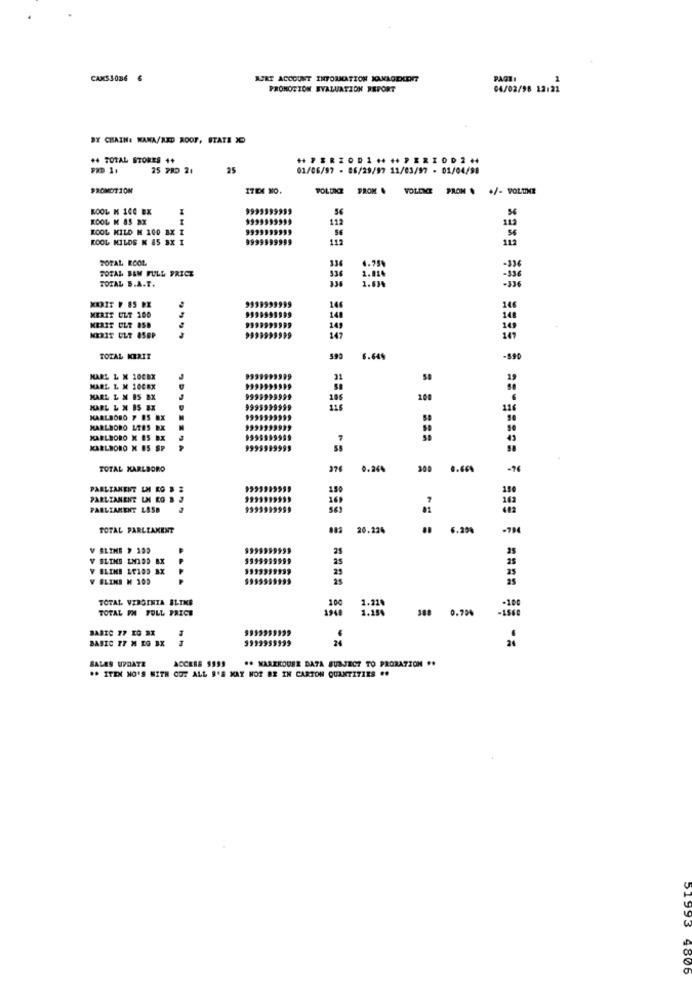
CANS3086 6
APRI ACCOUNT INFORMATION KAKAOTKERT
PAGE:
PROMOCIÓN EVALUATION REPORT
04/02/98 12:21
BY CHAIN: KANA/RED ROOF, STATE X
PRD 11
25 780 21
25
01/06/97 - 06/29/97 11/03/97 - 01/04/98
ITEX NO.
POLLOCE
PROM . VOLDICE PROM . +/- POLUNE
EsEs
KOOL N 140 BX
9999999999
112
RCOL MILD H 100 BX I
9999999999
KOOL MILDS N 85 SX I
9999999999
.56
113
TOTAL EOOL
336
4.75%
TOTAL BEM FULL PRICE
per-
TOTAL S.A.T.
336
1.634
9999999999
146
MERIT ULT 100
9999999999
KERIT ULT 85D
9999999999
149
KERIT ULT 8SEP
9999999999
147
TOTAL KERIT
6.64%
-590
MARL L X 10CBX
MARL L M 100RX
KARL & N BS BX
186
100
HARL & N BS BX
999599
9999
11
MARLBORO 7 85 EX
KARLBORO LEES BX
MARLBORO X ES BX
MARLBORO X ES
99999999
53
TOTAL KARLBORO
376
0.24%
200
.. 66%
PARLIAMENT UN KO & #
PARLIAMENT UN KO 3 J
36
PARLIAMENT LASB
TOTAL PARLIAMENT
20.224
8 6.29%
-794
25
Y SLIMS LNIOD BX
P
1999999999
25
V BLIND M 200
25
TOTAL VERGINIA BLIKS
100
TOTAL FN FULL PRICE
1948
1.21
1.18%
388 0.796
-100
-1560
BABIC 77 KG BX
BASIC 77 M EG IX
1993959999
24
SALES UPDATE
** ITEM NO'S WITH OUT ALL S'S MAY NOT BE IN CARTON QUANTITIES ..
ACCESS 9999
** MAREKOUER DATA SUBJECT TO PRORATION ..
51993 4805